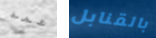
عمه بالقنابل